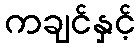
ကချင်နှင့်